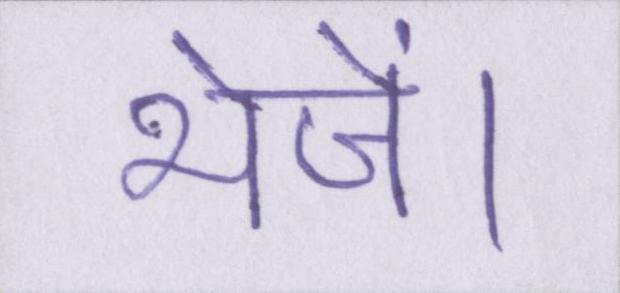
भेजें।